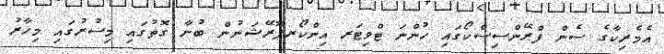
އެމެރިކާގެ ސެން ފްރޭންސިސްކޯގައި ހުންނަ ޓްވިޓަރ އިންކޯރޕޮރޭޝަނުން ބުނާ ގޮތުގައި މިސުރުގައި މިހާރު